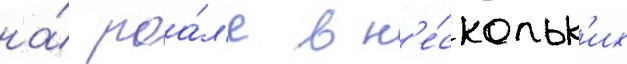
на́ роа́л'е в н'е́скольк'их